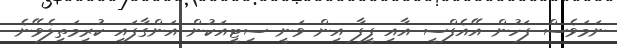
ނަމަވެސް ފަހުން އޭއެފްސީ އާއި ފީފާ އިން ވަނީ ސިޓީއަކުން އަންގާފައި ކުރިމަތިލެވޭނެ